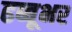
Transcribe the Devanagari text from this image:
ढब्बूभर